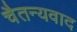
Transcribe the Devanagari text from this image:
चैतन्यवाद